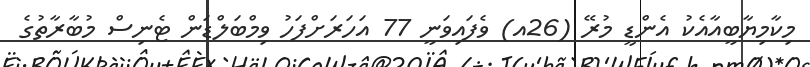
މިކާމިޔާބީއާއެކު އެންޑީ މުރޭ (26އ) ވެފައިވަނީ 77 އަހަރަށްފަހު ވިމްބަލްޑަން ޓެނިސް މުބާރާތުގެ